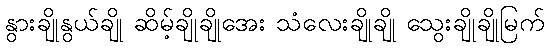
နွားချိုနွယ်ချို ဆိမ့်ချိုချိုအေး သံလေးချိုချို သွေးချိုချိုမြက်